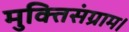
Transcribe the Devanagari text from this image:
मुक्तिसंग्राम।